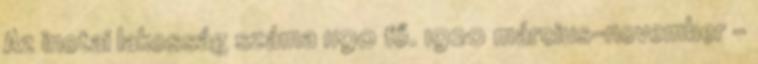
Az inotai lakosság száma 1190 fő. 1920 március–november –